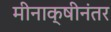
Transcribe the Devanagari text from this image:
मीनाक्षीनंतर